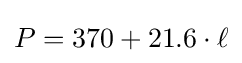
P=370+21.6\cdot \ell